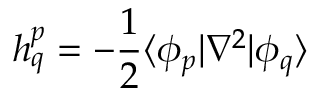
h _ { q } ^ { p } = - \frac 1 2 \langle \phi _ { p } | \nabla ^ { 2 } | \phi _ { q } \rangle